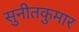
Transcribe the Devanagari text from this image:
सुनीतकुमार